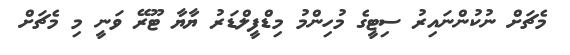
މެޗަށް ނުކުންނައިރު ސިޓީގެ މުހިންމު މިޑްފީލްޑަރު ޔާޔާ ޓޫރޭ ވަނީ މި މެޗަށް